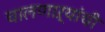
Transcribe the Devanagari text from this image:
चालणाऱ्यांची